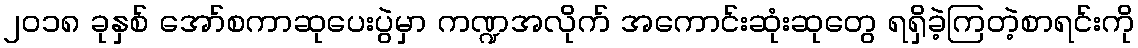
၂၀၁၈ ခုနှစ် အော်စကာဆုပေးပွဲမှာ ကဏ္ဍအလိုက် အကောင်းဆုံးဆုတွေ ရရှိခဲ့ကြတဲ့စာရင်းကို